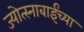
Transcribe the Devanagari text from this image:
ज्योत्स्नाबाईंच्या